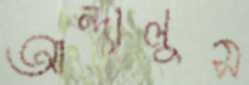
আন্দালুস